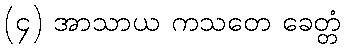
(၄) အာသာယ ကသတေ ခေတ္တံ